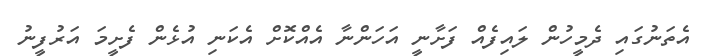
އެތަނުގައި ދެމީހުން ލައިފެއް ފަށާނީ އަހަންނާ އެއްކޮށް އެކަނި އުޅެން ފެށީމަ އަރުފީނު